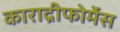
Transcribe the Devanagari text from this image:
काराद्रीफोर्मेस